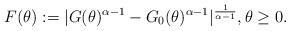
LaTeX: \begin{align*} F(\theta) := |G(\theta)^{\alpha - 1} - G_0(\theta)^{\alpha - 1}|^{\frac{1}{\alpha - 1}}, \theta \geq 0. \end{align*}